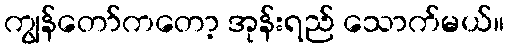
ကျွန်တော်ကတော့ အုန်းရည် သောက်မယ်။